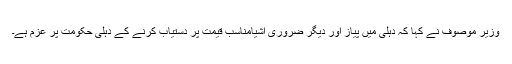
وزیر موصوف نے کہا کہ دہلی میں پیاز اور دیگر ضروری اشیامناسب قیمت پر دستیاب کرنے کے دہلی حکومت پر عزم ہے۔